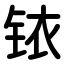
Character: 铱